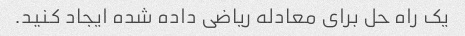
یک راه حل برای معادله ریاضی داده شده ایجاد کنید.